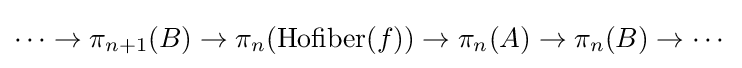
\cdots \to \pi _{n+1}(B)\to \pi _{n}({\text{Hofiber}}(f))\to \pi _{n}(A)\to \pi _{n}(B)\to \cdots